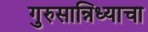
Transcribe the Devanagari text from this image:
गुरुसान्निध्याचा